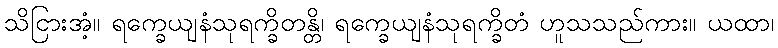
သိငြားအံ့။ ရက္ခေယျနံသုရက္ခိတန္တိ၊ ရက္ခေယျနံသုရက္ခိတံ ဟူသသည်ကား။ ယထာ၊